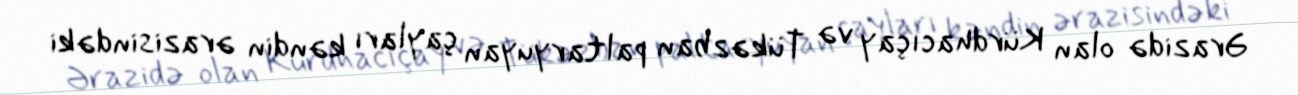
Ərazidə olan Kürdhacıçay və Tükəzban paltaryuyan çayları kəndin ərazisindəki